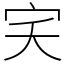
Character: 宎